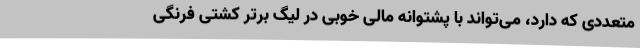
متعددی که دارد، می‌تواند با پشتوانه مالی خوبی در لیگ برتر کشتی فرنگی